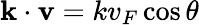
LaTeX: {\mathbf k}\cdot{\mathbf v}=kv_{F}\cos\theta